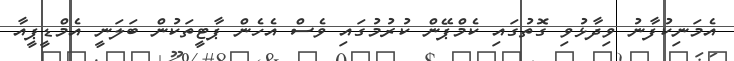
އެމަނިކުފާނު ވިދާޅުވި ގޮތުގައި ކެމްޕޭން ކުރުމުގައި ވެސް އެހެން ޕާޓީތަކުން ބަލަނީ އެމްޑީޕީއާ